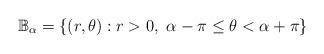
LaTeX: \begin{align*} \mathbb{B}_\alpha =\{ (r,\theta ):r>0,\ \alpha -\pi \le \theta <\alpha +\pi \} \end{align*}